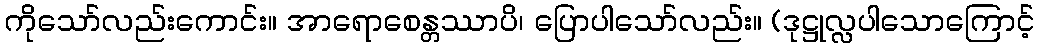
ကိုသော်လည်းကောင်း။ အာရောစေန္တဿာပိ၊ ပြောပါသော်လည်း။ (ဒုဋ္ဌုလ္လပါသောကြောင့်